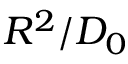
R ^ { 2 } / D _ { 0 }